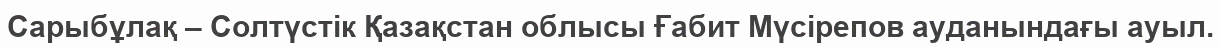
Сарыбұлақ – Солтүстік Қазақстан облысы Ғабит Мүсірепов ауданындағы ауыл.